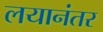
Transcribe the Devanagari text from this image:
लयानंतर